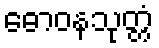
ဓောဝနသုတ္တံ